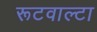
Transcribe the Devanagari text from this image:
रूटवाल्टा